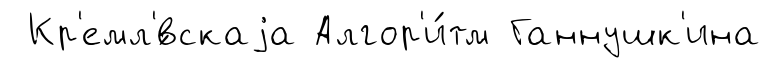
Кр'емл'́вскаjа Алгор'и́тм Ганнушк'ина